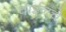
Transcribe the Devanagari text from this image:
वाईनचे